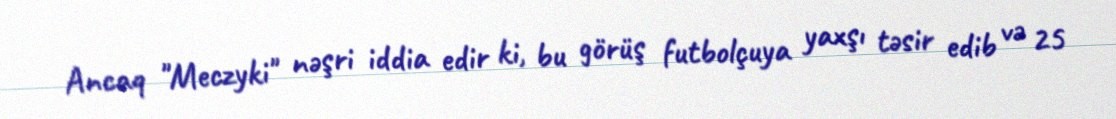
Ancaq "Meczyki" nəşri iddia edir ki, bu görüş futbolçuya yaxşı təsir edib və 25